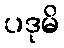
ပဒုမိ